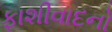
ફાશીવાદનો